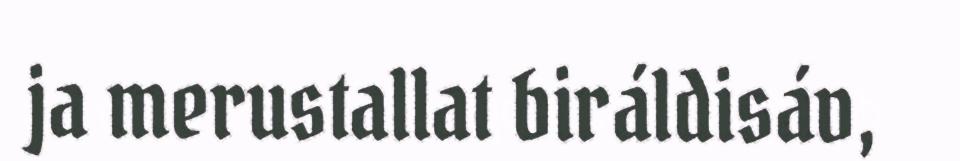
ja merustallat biráldisáv,